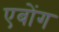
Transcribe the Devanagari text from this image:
एबोंग